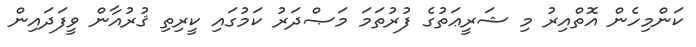
ކަންމިހެން އޮތްއިރު މި ޝަރީޢަތުގެ ފުރުތަމަ މަޞްދަރު ކަމުގައި ކީރިތި ޤުރުއާން ވީފަދައިން